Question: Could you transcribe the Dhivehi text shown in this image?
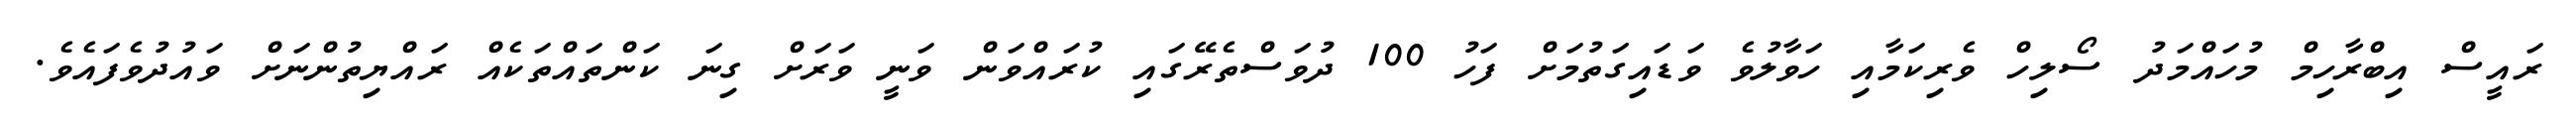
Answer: ރައީސް އިބްރާހިމް މުހައްމަދު ސޯލިހް ވެރިކަމާއި ހަވާލުވެ ވަޑައިގަތުމަށް ފަހު 100 ދުވަސްތެރޭގައި ކުރައްވަން ވަނީ ވަރަށް ގިނަ ކަންތައްތަކެއް ރައްޔިތުންނަށް ވައުދުވެފައެވެ.